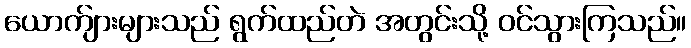
ယောက်ျားများသည် ရွက်ထည်တဲ အတွင်းသို့ ဝင်သွားကြသည်။